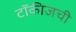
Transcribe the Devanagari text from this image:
टॉकीजची